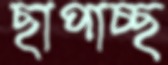
ছাপাচ্ছ